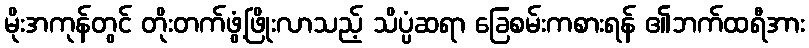
မိုးအကုန်တွင် တိုးတက်ဖွံ့ဖြိုးလာသည့် သိပ္ပံဆရာ ခြေစမ်းကစားရန် ၏ဘက်ထရီအား